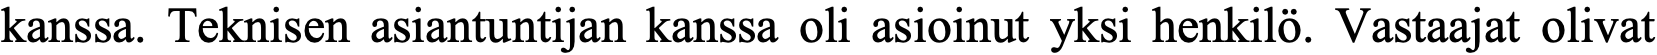
kanssa. Teknisen asiantuntijan kanssa oli asioinut yksi henkilö. Vastaajat olivat